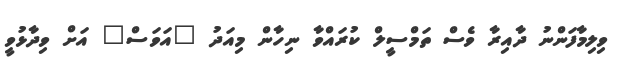
ވިލިމާފަންނު ދާއިރާ ވެސް ތަމްސީލް ކުރައްވާ ނިހާން މިއަދު "އަވަސް" އަށް ވިދާޅުވީ